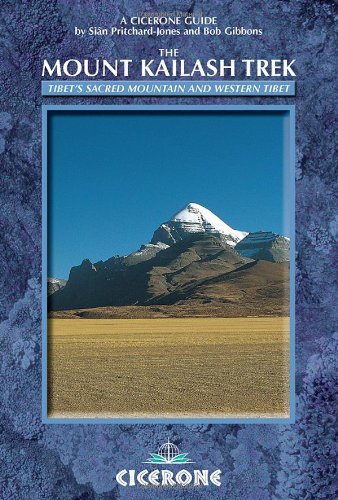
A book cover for The Mount Kailash Trek: A trekker's and visitor's guide (Cicerone Guides); SiÃ¢n Pritchard Jones; Sports & Outdoors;